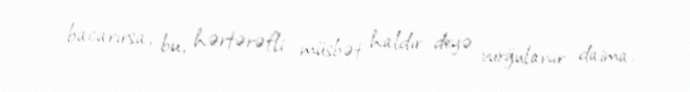
bacarırsa, bu, hərtərəfli müsbət haldır deyə vurğulanır daima.